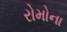
રોમોના